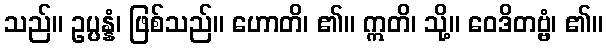
သည်။ ဥပ္ပန္နံ၊ ဖြစ်သည်။ ဟောတိ၊ ၏။ ဣတိ၊ သို့။ ဝေဒိတဗ္ဗံ၊ ၏။